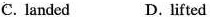
C. Landed D.lifted